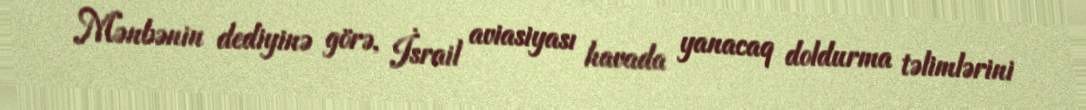
Mənbənin dediyinə görə, İsrail aviasiyası havada yanacaq doldurma təlimlərini